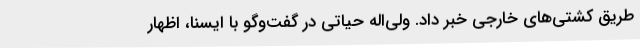
طریق کشتی‌های خارجی خبر داد. ولی‌اله حیاتی در گفت‌وگو با ایسنا، اظهار